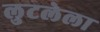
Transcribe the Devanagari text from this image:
लुटलेला